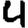
Digit: 4